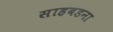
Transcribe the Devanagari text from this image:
साहबडना